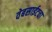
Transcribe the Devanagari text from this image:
वेबसाईटचा